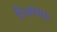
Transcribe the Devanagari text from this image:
है।आभार